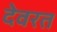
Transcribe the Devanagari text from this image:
देवरत